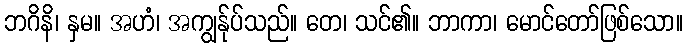
ဘဂိနိ၊ နှမ။ အဟံ၊ အကျွန်ုပ်သည်။ တေ၊ သင်၏။ ဘာကာ၊ မောင်တော်ဖြစ်သော။